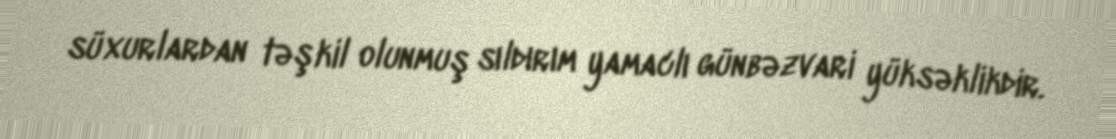
süxurlardan təşkil olunmuş sıldırım yamaclı günbəzvari yüksəklikdir.